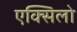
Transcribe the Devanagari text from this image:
एक्सिलो